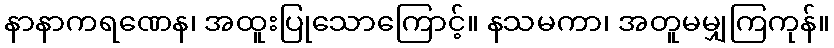
နာနာကရဏေန၊ အထူးပြုသောကြောင့်။ နသမကာ၊ အတူမမျှကြကုန်။